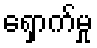
ရှောက်မှု